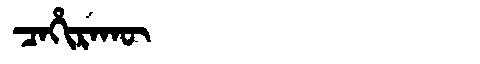
Manchu: ᠴᠠᡥᡳᡵᠠᡴᡡ
Romanization: CAHIRAKŪ